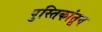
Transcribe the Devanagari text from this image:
पुस्तिकांतून